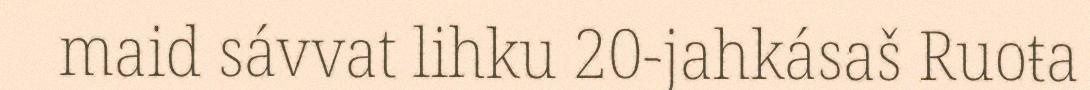
maid sávvat lihku 20-jahkásaš Ruoŧa